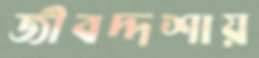
জীবদ্দশায়